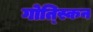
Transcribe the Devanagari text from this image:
गोत्स्किन